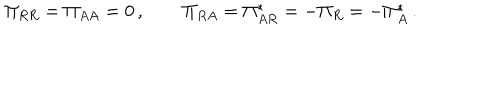
\Pi _ { R R } = \Pi _ { A A } = 0 \, , \qquad \Pi _ { R A } = \Pi _ { A R } ^ { * } = - \Pi _ { R } = - \Pi _ { A } ^ { * } \, .